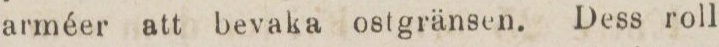
arméer att bevaka ostgränsen. Dess roll